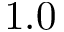
1 . 0